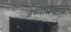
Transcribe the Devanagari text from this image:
अव्यभिचारी